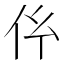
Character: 𠆺